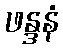
ဖန္ဒနံ